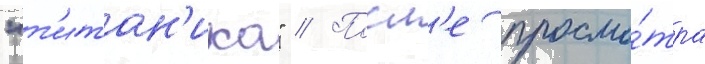
"т'итан'ика" // Посл'е просмо́тра